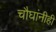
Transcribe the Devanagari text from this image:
चौघांनीही